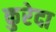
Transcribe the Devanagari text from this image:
कुरेदा